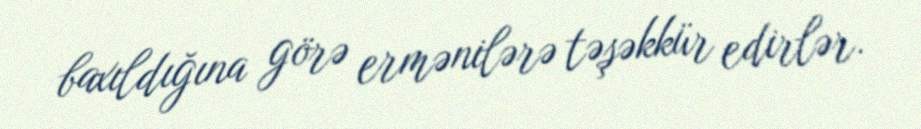
baxıldığına görə ermənilərə təşəkkür edirlər.